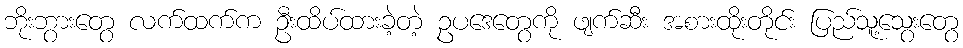
ဘိုးဘွားတွေ လက်ထက်က ဦးထိပ်ထားခဲ့တဲ့ ဥပဒေတွေကို ဖျက်ဆီး အစားထိုးတိုင်း ပြည်သူ့သွေးတွေ